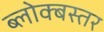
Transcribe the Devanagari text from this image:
ब्लोक्बस्तर